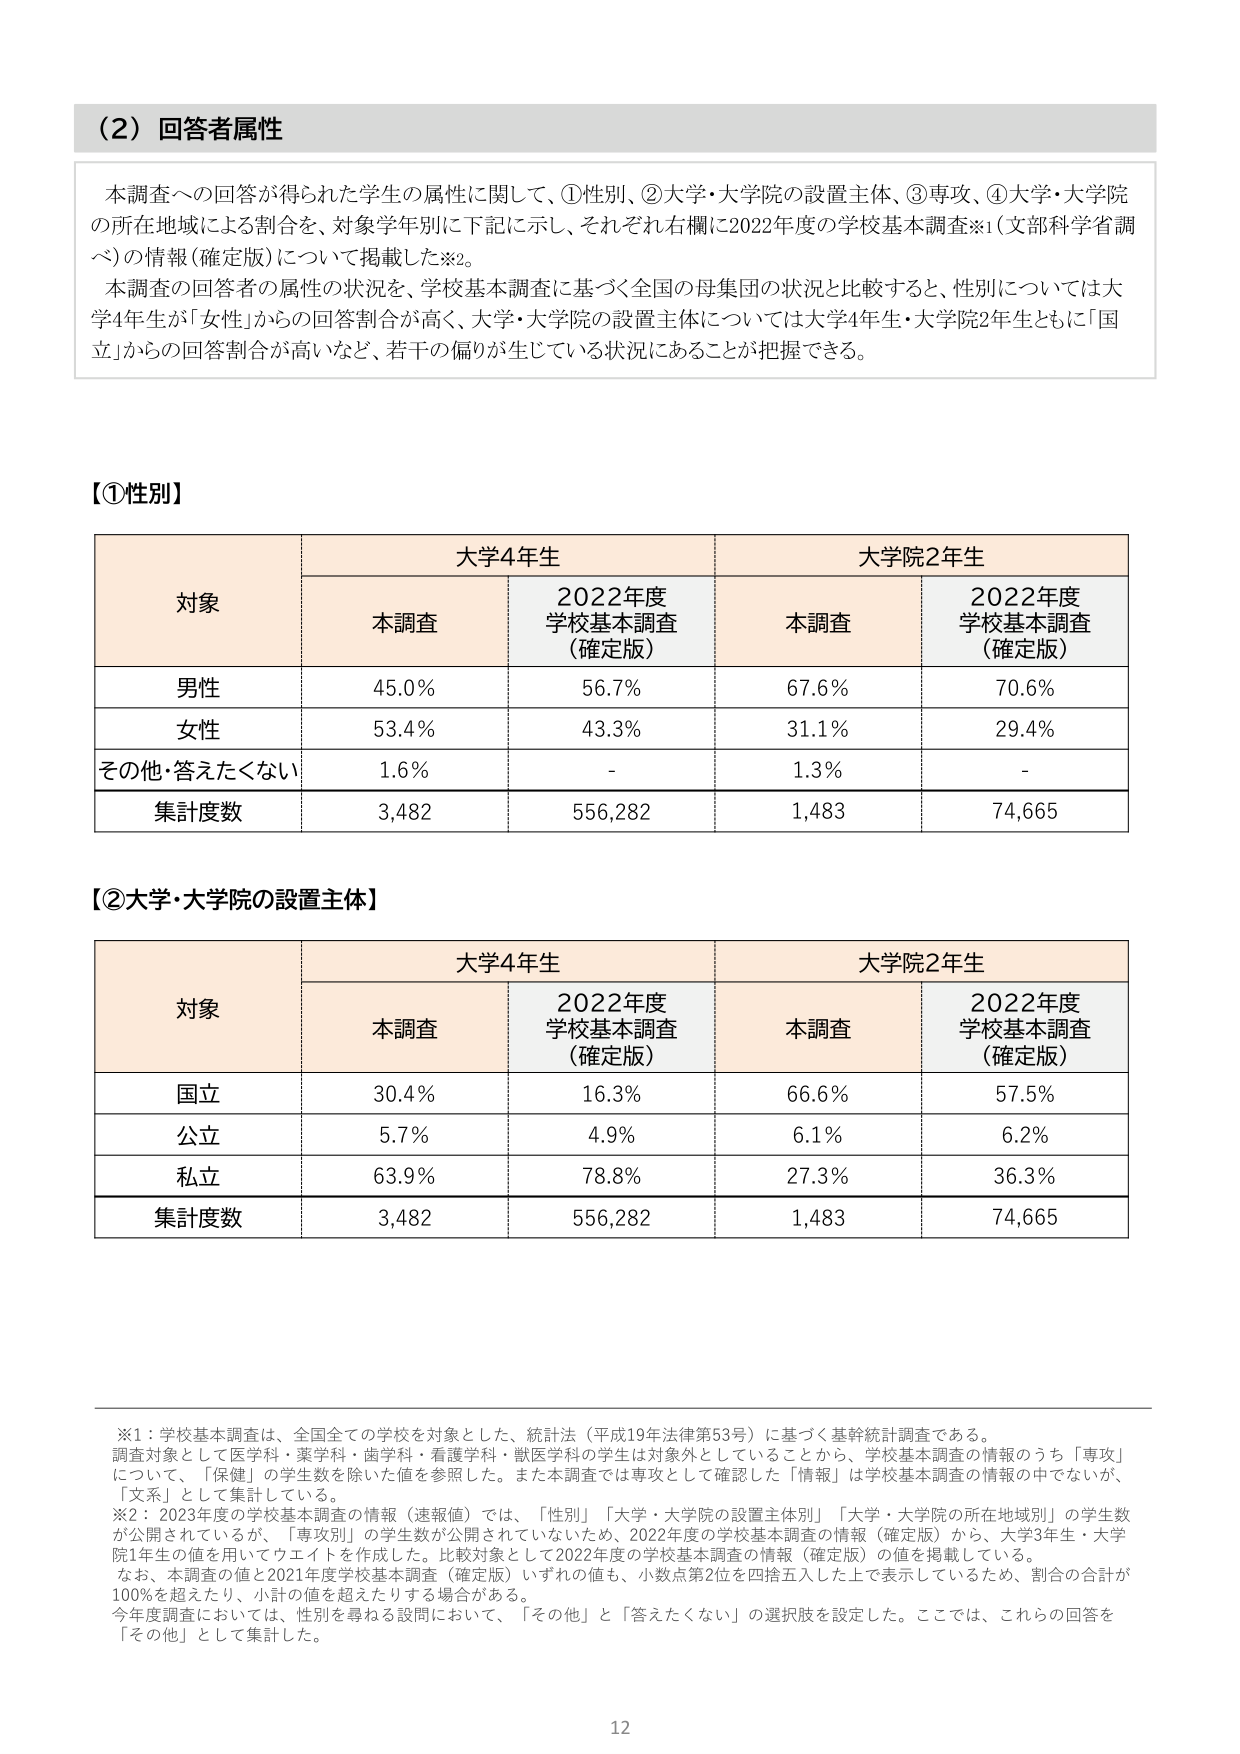
（2）回答者属性

本調査への回答が得られた学生の属性に関して、①性別、②大学・大学院の設置主体、③専攻、④大学・大学院の所在地域による割合を、対象学年別に下記に示し、それぞれ右欄に2022年度の学校基本調査※1（文部科学省調べ）の情報（確定版）について掲載した※2。

本調査の回答者の属性の状況を、学校基本調査に基づく全国の母集団の状況と比較すると、性別については大学4年生が「女性」からの回答割合が高く、大学・大学院の設置主体については大学4年生・大学院2年生ともに「国立」からの回答割合が高いなど、若干の偏りが生じている状況にあることが把握できる。

【①性別】

対象　　　　　　　大学4年生　　　　　　　　　　　大学院2年生
　　　　　　　　本調査　　　2022年度学校基本調査（確定版）　本調査　　　2022年度学校基本調査（確定版）
男性　　　　　　　45.0%　　　　56.7%　　　　　　　　67.6%　　　　70.6%
女性　　　　　　　53.4%　　　　43.3%　　　　　　　　31.1%　　　　29.4%
その他・答えたくない　1.6%　　　　-　　　　　　　　　　1.3%　　　　-
集計度数　　　　　3,482　　　　556,282　　　　　　　1,483　　　　74,665

【②大学・大学院の設置主体】

対象　　　　　　　大学4年生　　　　　　　　　　　大学院2年生
　　　　　　　　本調査　　　2022年度学校基本調査（確定版）　本調査　　　2022年度学校基本調査（確定版）
国立　　　　　　　30.4%　　　　16.3%　　　　　　　　66.6%　　　　57.5%
公立　　　　　　　5.7%　　　　4.9%　　　　　　　　　6.1%　　　　6.2%
私立　　　　　　　63.9%　　　　78.8%　　　　　　　　27.3%　　　　36.3%
集計度数　　　　　3,482　　　　556,282　　　　　　　1,483　　　　74,665

※1：学校基本調査は、全国全ての学校を対象とした、統計法（平成19年法律第53号）に基づく基幹統計調査である。調査対象として医学科・薬学科・歯学科・看護学科・獣医学科の学生は対象外としていることから、学校基本調査の情報のうち「専攻」について、「保健」の学生数を除いた値を参照した。また本調査では専攻として確認した「情報」は学校基本調査の情報の中ではないが、「文系」として集計している。

※2：2023年度の学校基本調査の情報（速報値）では、「性別」「大学・大学院の設置主体別」「大学・大学院の所在地域別」の学生数が公開されているが、「専攻別」の学生数が公開されていないため、2022年度の学校基本調査の情報（確定版）から、大学3年生・大学院1年生の値を用いてウエイトを作成した。比較対象として2022年度の学校基本調査の情報（確定版）の値を掲載している。なお、本調査の値と2021年度学校基本調査（確定版）いずれの値も、小数点第2位を四捨五入した上で表示しているため、割合の合計が100%を超えたり、小計の値を超えたりする場合がある。今年度調査においては、性別を尋ねる設問において、「その他」と「答えたくない」の選択肢を設定した。ここでは、これらの回答を「その他」として集計した。

12